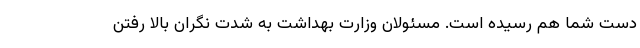
دست شما هم رسیده است. مسئولان وزارت بهداشت به شدت نگران بالا رفتن